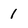
Character: 1